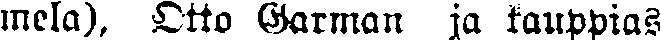
mela), Otto Garman ja kauppias